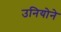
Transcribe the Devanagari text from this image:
उनियोने